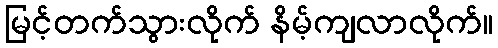
မြင့်တက်သွားလိုက် နိမ့်ကျလာလိုက်။